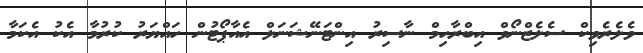
ވެލެރެވިކް ސެލެޒްނޯވް އިބްރާހިމް ނާސިރު އިންޓަނޭޝަނަލް އެއާޕޯޓުން ހައްޔަރު ކުރުމާ އެކު އެކަމާ